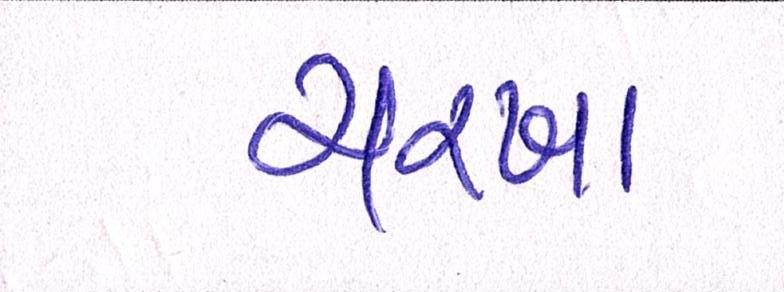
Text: ચરખા